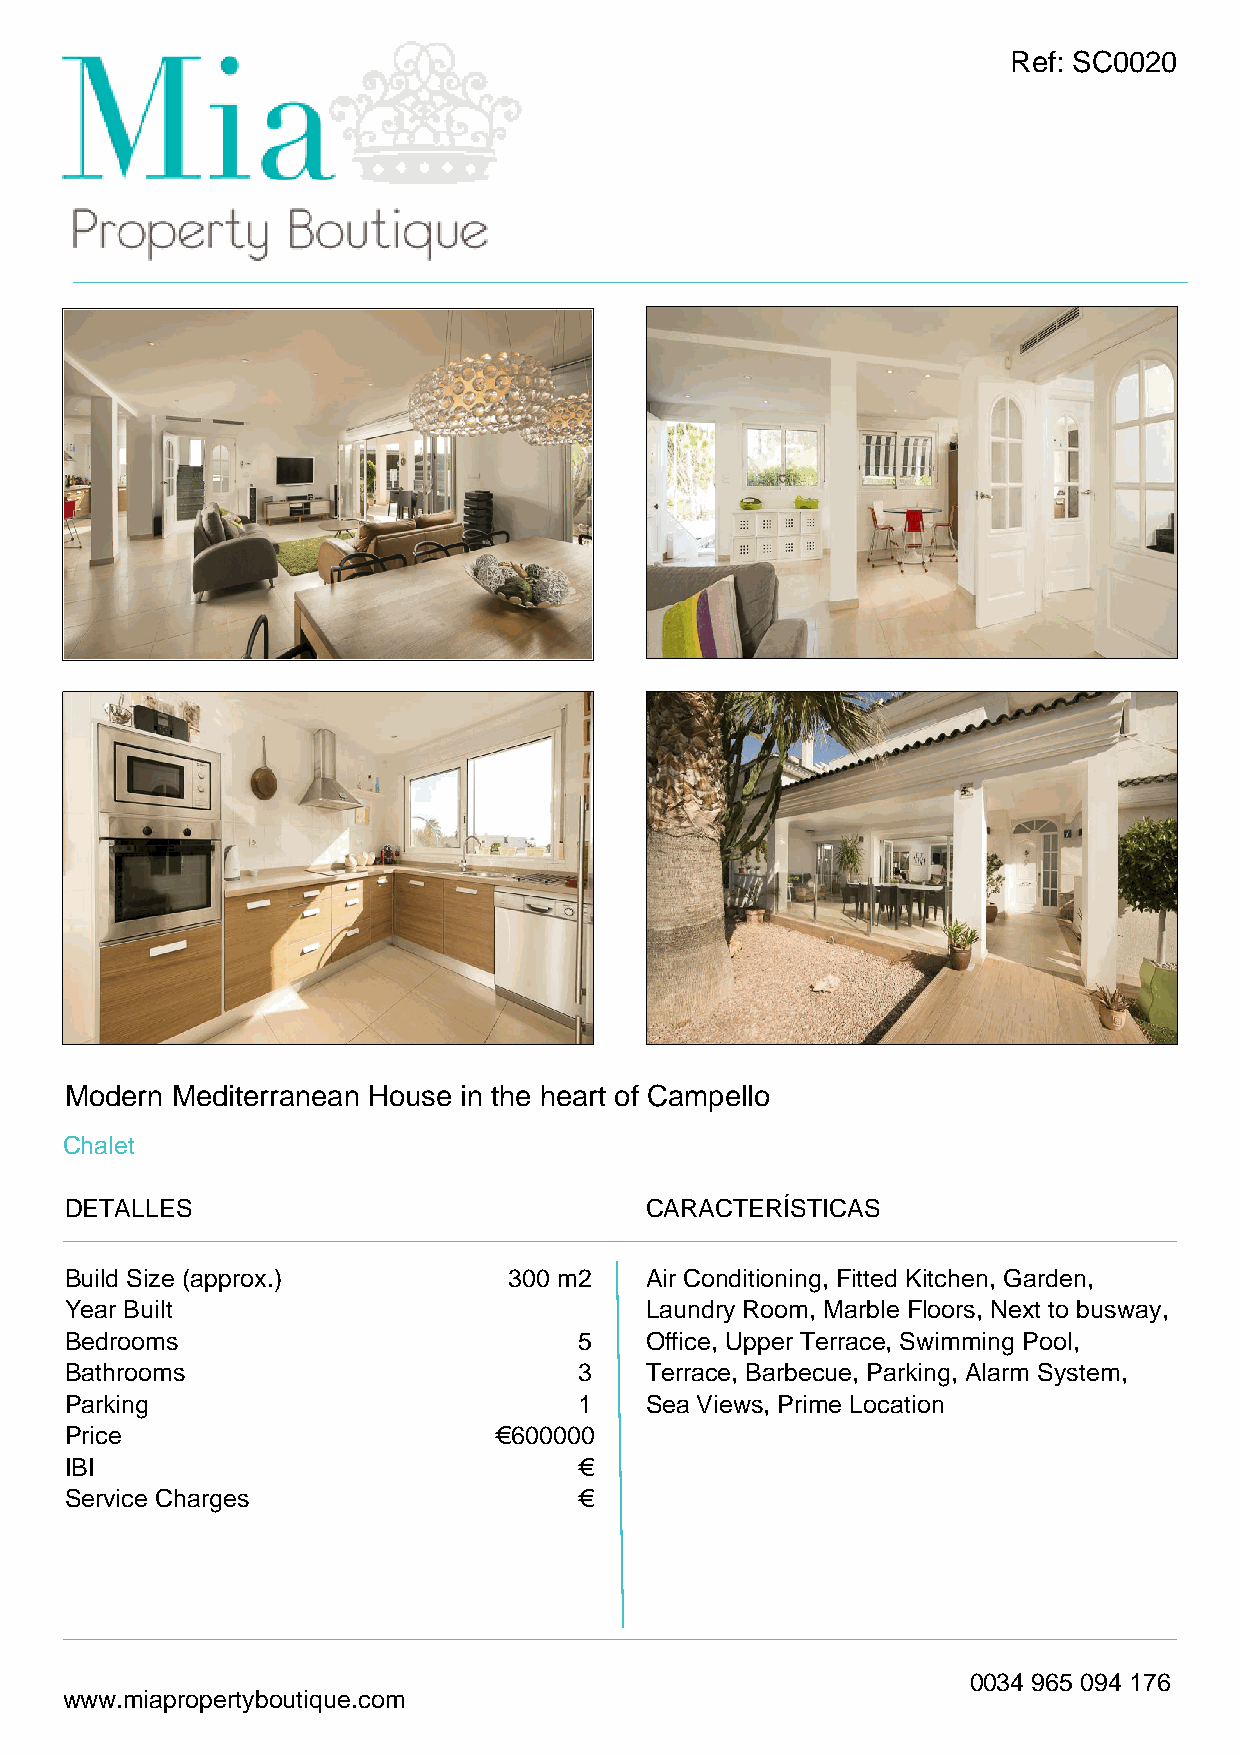
Ref: SC0020
 Modern Mediterranean House in the heart of Campello
 Chalet
 DETALLES                               CARACTERÍSTICAS
 Build Size (approx.)          300 m2   Air Conditioning, Fitted Kitchen, Garden,
 Year Built                             Laundry Room, Marble Floors, Next to busway,
 Bedrooms                          5    Office, Upper Terrace, Swimming Pool,
 Bathrooms                         3    Terrace, Barbecue, Parking, Alarm System,
 Parking                           1    Sea Views, Prime Location
 Price                        €600000
 IBI                               €
 Service Charges                   €
 0034 965 094 176
 www.miapropertyboutique.com